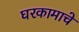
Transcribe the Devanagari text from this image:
घरकामाचे